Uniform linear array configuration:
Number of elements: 4
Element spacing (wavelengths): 1
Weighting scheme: blackman
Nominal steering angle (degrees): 30
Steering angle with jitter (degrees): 28.123
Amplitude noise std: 0.05
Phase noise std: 0.05

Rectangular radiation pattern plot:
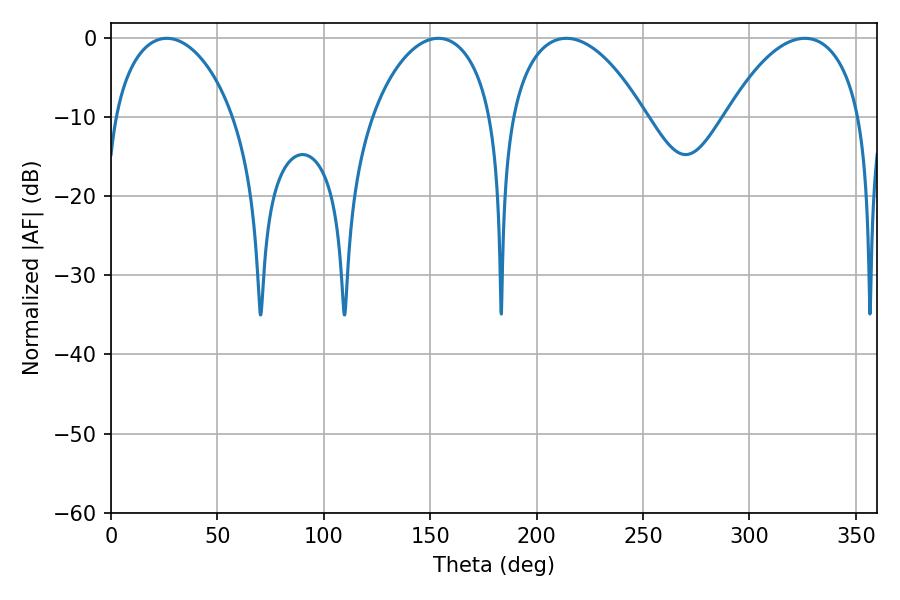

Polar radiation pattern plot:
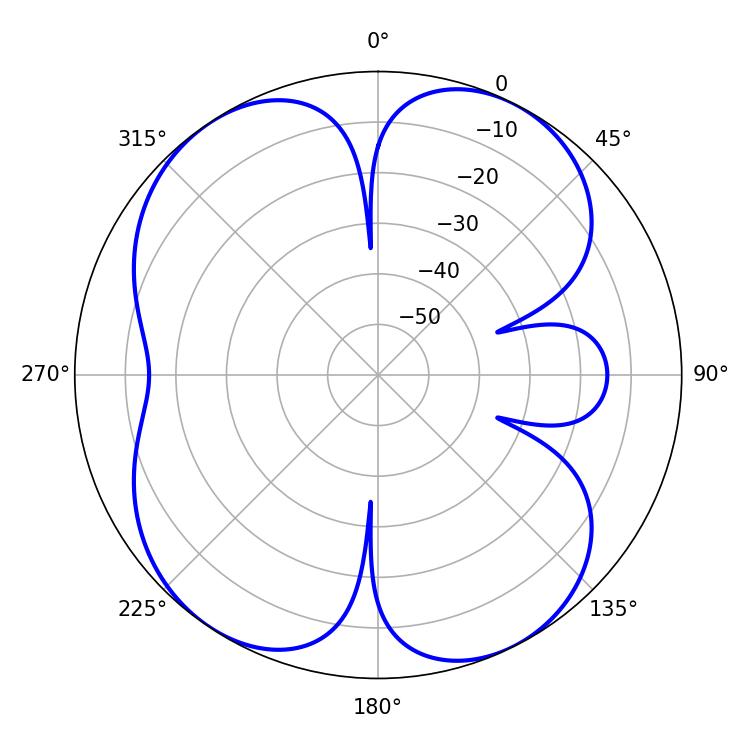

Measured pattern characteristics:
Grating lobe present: TRUE
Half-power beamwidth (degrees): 35.82
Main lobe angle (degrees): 214.02